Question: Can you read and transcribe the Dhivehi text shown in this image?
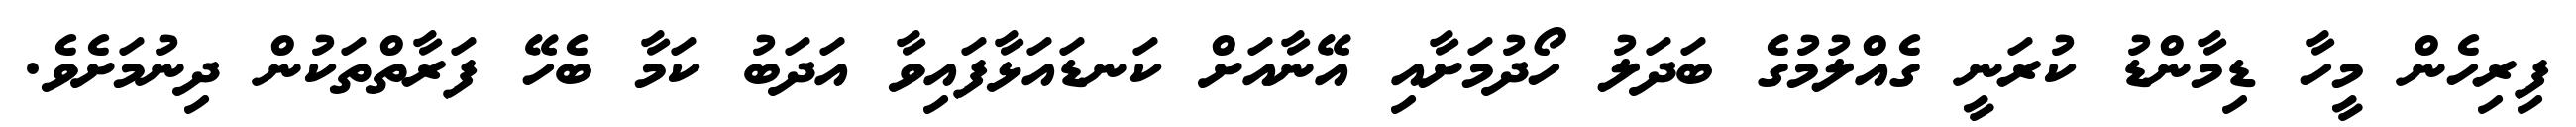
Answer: ފިރިހެން މީހާ ޑިމާންޑު ކުރަނީ ގެއްލުމުގެ ބަދަލު ހޯދުމަށާއި އޭނާއަށް ކަނޑައަޅާފައިވާ އަދަބު ކަމާ ބެހޭ ފަރާތްތަކުން ދިނުމަށެވެ.